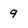
Character: 9